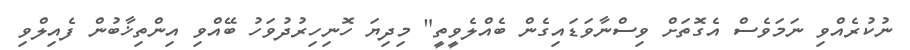
ނުކުރެއްވި ނަމަވެސް އެގޮތަށް ވިސްނާވަޑައިގެން ބެއްލެވީތީ" މިދިޔަ ހޮނިހިރުދުވަހު ބޭއްވި އިންތިޚާބުން ފެއިލްވި